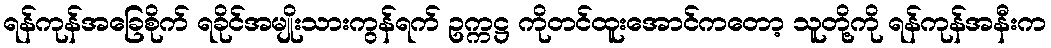
ရန်ကုန်အခြေစိုက် ရခိုင်အမျိုးသားကွန်ရက် ဥက္ကဋ္ဌ ကိုတင်ထူးအောင်ကတော့ သူတို့ကို ရန်ကုန်အနီးက